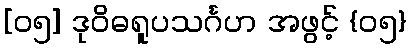
[၀၅] ဒုဝိဓရူပသင်္ဂဟ အဖွင့် {၀၅}